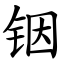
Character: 铟